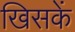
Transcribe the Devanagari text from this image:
खिसकें